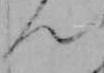
ん